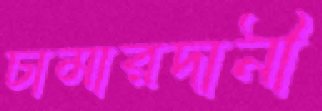
চামারদানী